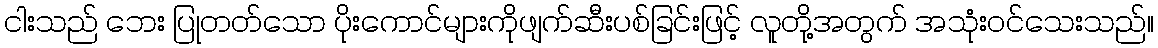
ငါးသည် ဘေး ပြုတတ်သော ပိုးကောင်များကိုဖျက်ဆီးပစ်ခြင်းဖြင့် လူတို့အတွက် အသုံးဝင်သေးသည်။